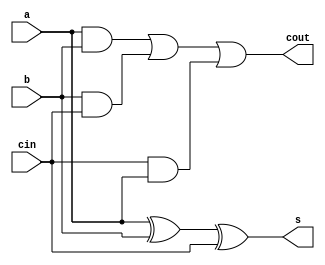
module Full_Adder (a, b, cin, s, cout);
  input  a, b, cin; // Input operands x & y and Carry-in input 
  
  output s, cout;	 // Output s and Carry-out output 
	 
	assign s = ((a ^ b) ^ cin);     // Sum is XOR of a, b, and cin
  assign cout = ((a & b) | (b & cin) | (cin & a));  // Cout is AND of a and b, OR AND of cin and a, OR AND of cin and a 

endmodule